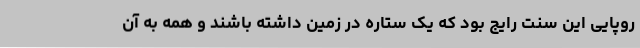
روپایی این سنت رایج بود که یک ستاره در زمین داشته باشند و همه به آن